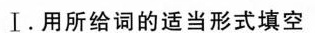
Ⅰ.用所给词的适当形式填空